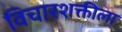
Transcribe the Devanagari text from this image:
विचारशक्तीला